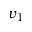
v _ { 1 }